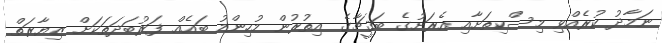
ނަމާދު ކުރެއްވި މިސްކިތަށާއި އެރަށުގެ ބަޤީޗާގެ އިތުރުން މުހިންމު ބައެއް ފަރުބަދަތަކަށް ޒިޔާރަތް